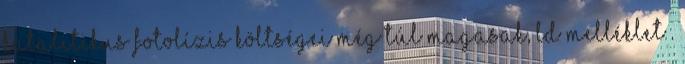
katalitikus fotolízis költségei még túl magasak, ld melléklet .